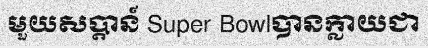
មួយសប្តាន៍ Super Bowlបានក្លាយជា